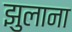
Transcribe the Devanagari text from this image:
झुलाना